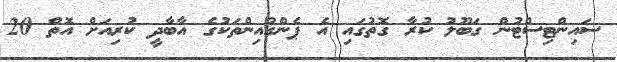
ސައިންޓިސްޓުން ގަބޫލު ކުރާ ގޮތުގައި އެ ޕެންގުއިންތަކުގެ އާބާދީ ކުރިއަށް އޮތް 20